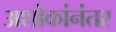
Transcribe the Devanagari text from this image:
अशोकांनंतर